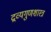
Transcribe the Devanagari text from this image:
द्रव्यगुणशास्त्र